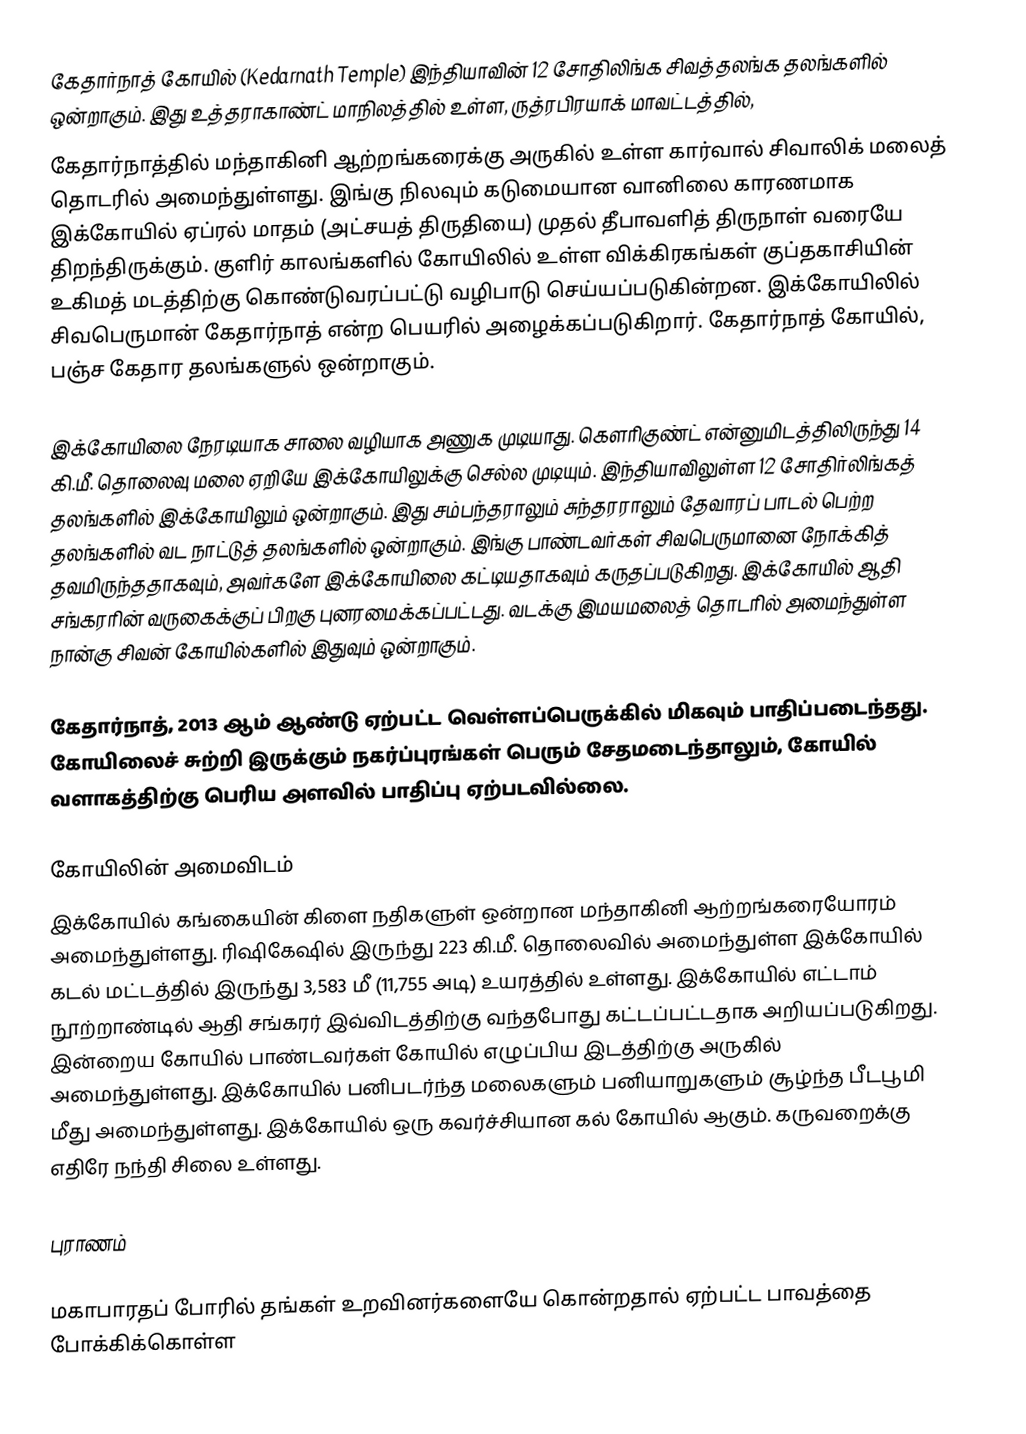
கேதார்நாத் கோயில் (Kedarnath Temple) இந்தியாவின் 12 சோதிலிங்க சிவத்தலங்க தலங்களில் ஒன்றாகும்.  இது உத்தராகாண்ட் மாநிலத்தில் உள்ள,  ருத்ரபிரயாக் மாவட்டத்தில்,
கேதார்நாத்தில் மந்தாகினி ஆற்றங்கரைக்கு அருகில் உள்ள கார்வால் சிவாலிக் மலைத் தொடரில் அமைந்துள்ளது. இங்கு நிலவும் கடுமையான வானிலை காரணமாக இக்கோயில் ஏப்ரல் மாதம் (அட்சயத் திருதியை) முதல் தீபாவளித் திருநாள் வரையே திறந்திருக்கும். குளிர் காலங்களில் கோயிலில் உள்ள விக்கிரகங்கள் குப்தகாசியின்  உகிமத்  மடத்திற்கு கொண்டுவரப்பட்டு வழிபாடு செய்யப்படுகின்றன. இக்கோயிலில் சிவபெருமான் கேதார்நாத் என்ற பெயரில் அழைக்கப்படுகிறார். கேதார்நாத் கோயில், பஞ்ச கேதார தலங்களுல் ஒன்றாகும்.

இக்கோயிலை நேரடியாக சாலை வழியாக அணுக முடியாது. கௌரிகுண்ட் என்னுமிடத்திலிருந்து 14 கி.மீ. தொலைவு மலை ஏறியே இக்கோயிலுக்கு செல்ல முடியும். இந்தியாவிலுள்ள 12 சோதிர்லிங்கத் தலங்களில் இக்கோயிலும் ஒன்றாகும். இது சம்பந்தராலும் சுந்தரராலும் தேவாரப் பாடல் பெற்ற தலங்களில் வட நாட்டுத் தலங்களில் ஒன்றாகும். இங்கு பாண்டவர்கள் சிவபெருமானை நோக்கித் தவமிருந்ததாகவும், அவர்களே இக்கோயிலை கட்டியதாகவும் கருதப்படுகிறது. இக்கோயில் ஆதி சங்கரரின் வருகைக்குப் பிறகு புனரமைக்கப்பட்டது. வடக்கு இமயமலைத் தொடரில் அமைந்துள்ள நான்கு சிவன் கோயில்களில் இதுவும் ஒன்றாகும்.

கேதார்நாத், 2013 ஆம் ஆண்டு ஏற்பட்ட வெள்ளப்பெருக்கில் மிகவும் பாதிப்படைந்தது. கோயிலைச் சுற்றி இருக்கும் நகர்ப்புரங்கள் பெரும் சேதமடைந்தாலும், கோயில் வளாகத்திற்கு பெரிய அளவில் பாதிப்பு ஏற்படவில்லை.

கோயிலின் அமைவிடம்
இக்கோயில் கங்கையின் கிளை நதிகளுள் ஒன்றான மந்தாகினி ஆற்றங்கரையோரம் அமைந்துள்ளது. ரிஷிகேஷில் இருந்து 223 கி.மீ. தொலைவில் அமைந்துள்ள இக்கோயில் கடல் மட்டத்தில் இருந்து 3,583 மீ (11,755 அடி) உயரத்தில் உள்ளது. இக்கோயில் எட்டாம் நூற்றாண்டில் ஆதி சங்கரர் இவ்விடத்திற்கு வந்தபோது கட்டப்பட்டதாக அறியப்படுகிறது. இன்றைய கோயில் பாண்டவர்கள் கோயில் எழுப்பிய இடத்திற்கு அருகில் அமைந்துள்ளது. இக்கோயில் பனிபடர்ந்த மலைகளும் பனியாறுகளும் சூழ்ந்த பீடபூமி மீது அமைந்துள்ளது. இக்கோயில் ஒரு கவர்ச்சியான கல் கோயில் ஆகும். கருவறைக்கு எதிரே நந்தி சிலை உள்ளது.

புராணம்

மகாபாரதப் போரில் தங்கள் உறவினர்களையே கொன்றதால் ஏற்பட்ட பாவத்தை போக்கிக்கொள்ள